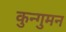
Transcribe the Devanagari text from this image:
कुन्गुमन